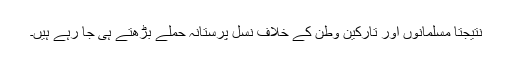
نتیجتاً مسلمانوں اور تارکینِ وطن کے خلاف نسل پرستانہ حملے بڑھتے ہی جا رہے ہیں۔